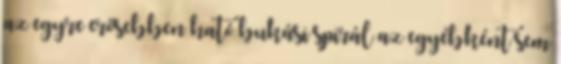
az egyre erősebben ható bukási spirál az egyébként sem